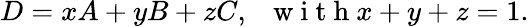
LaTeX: D=xA+yB+zC,\; \; \mathrm{~w~i~t~h~}x+y+z=1.